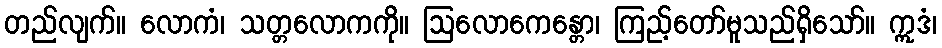
တည်လျက်။ လောကံ၊ သတ္တလောကကို။ ဩလောကေန္တော၊ ကြည့်တော်မူသည်ရှိသော်။ ဣဒံ၊